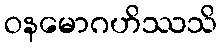
ဝနမောဂဟိဿသိ